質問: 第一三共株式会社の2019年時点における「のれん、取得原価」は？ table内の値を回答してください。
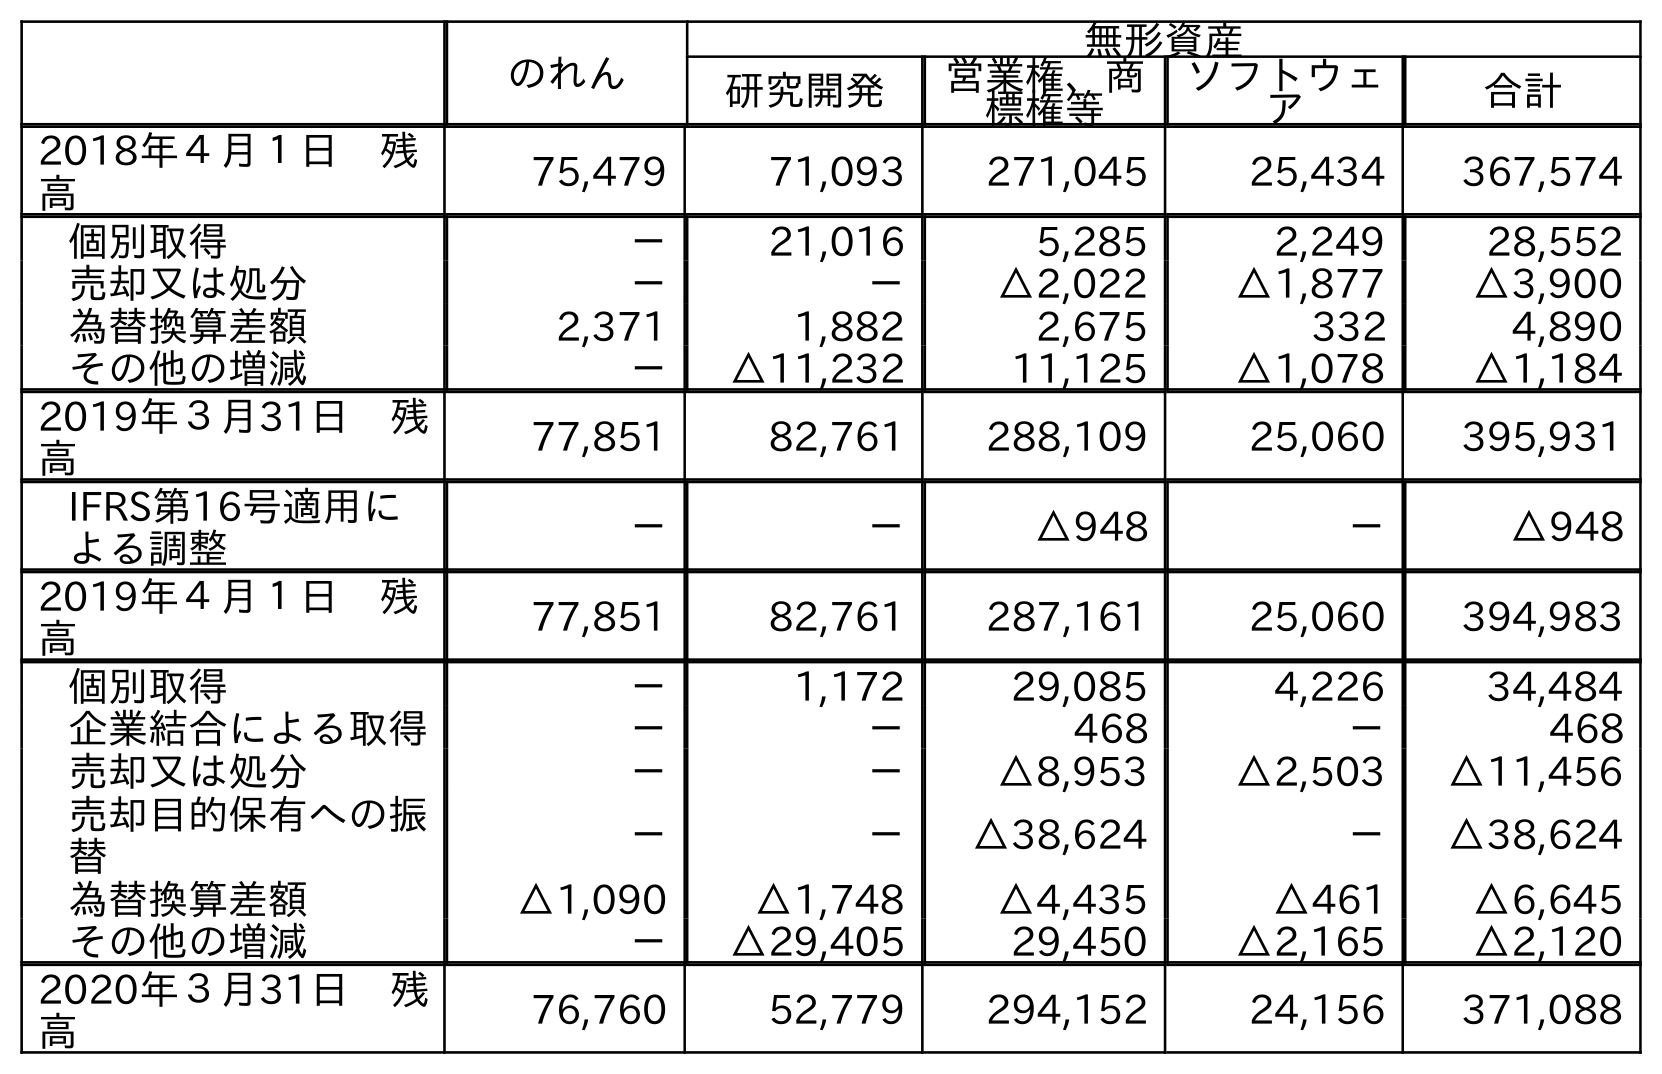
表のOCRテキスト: のれん 無形資産 研究開発 営業権、商 標権等 ソフトウェ ア 合計 2018年４月１日 残 高 75,479 71,093 271,045 25,434 367,574 個別取得 － 21,016 5,285 2,249 28,552 売却又は処分 － － △2,022 △1,877 △3,900 為替換算差額 2,371 1,882 2,675 332 4,890 その他の増減 － △11,232 11,125 △1,078 △1,184 2019年３月31日 残 高 77,851 82,761 288,109 25,060 395,931 IFRS第16号適用に よる調整 － － △948 － △948 2019年４月１日 残 高 77,851 82,761 287,161 25,060 394,983 個別取得 － 1,172 29,085 4,226 34,484 企業結合による取得 － － 468 － 468 売却又は処分 － － △8,953 △2,503 △11,456 売却目的保有への振 替 － － △38,624 － △38,624 為替換算差額 △1,090 △1,748 △4,435 △461 △6,645 その他の増減 － △29,405 29,450 △2,165 △2,120 2020年３月31日 残 高 76,760 52,779 294,152 24,156 371,088
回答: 77,851